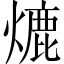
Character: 熝